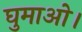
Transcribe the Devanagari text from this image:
घुमाओ।